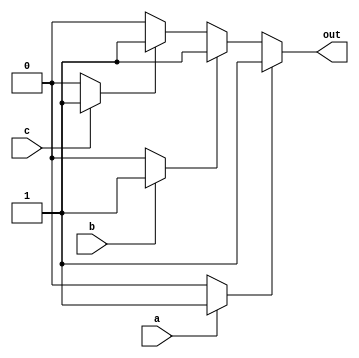
module multiple_drivers (
    input wire a,       // Input signal for Driver 1
    input wire b,       // Input signal for Driver 2
    input wire c,       // Input signal for Driver 3
    output wire out     // Output signal driven by multiple sources
);

// Intermediate signals to represent each driver's output
reg driver1_out;
reg driver2_out;
reg driver3_out;

// Driver 1: Drives the output based on input 'a'
always @(*) begin
    if (a) begin
        driver1_out = 1'b1; // Driver 1 drives high if 'a' is high
    end else begin
        driver1_out = 1'b0; // Otherwise, it drives low
    end
end

// Driver 2: Drives the output based on input 'b'
always @(*) begin
    if (b) begin
        driver2_out = 1'b1; // Driver 2 drives high if 'b' is high
    end else begin
        driver2_out = 1'b0; // Otherwise, it drives low
    end
end

// Driver 3: Drives the output based on input 'c'
always @(*) begin
    if (c) begin
        driver3_out = 1'b1; // Driver 3 drives high if 'c' is high
    end else begin
        driver3_out = 1'b0; // Otherwise, it drives low
    end
end

// Conflict resolution logic: Higher priority to driver 1 > driver 2 > driver 3
assign out = (driver1_out) ? driver1_out :
             (driver2_out) ? driver2_out :
             (driver3_out) ? driver3_out : 
             1'b0; // Default to low if no drivers are active

endmodule